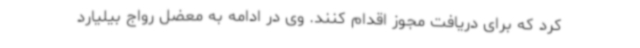
کرد که برای دریافت مجوز اقدام کنند. وی در ادامه به معضل رواج بیلیارد